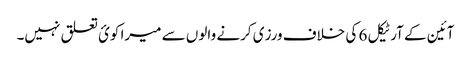
آئین کے آرٹیکل 6 کی خلاف ورزی کرنے والوں سے میرا کوئ تعلق نہیں۔